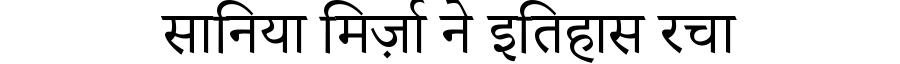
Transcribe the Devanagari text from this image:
सानिया मिर्ज़ा ने इतिहास रचा